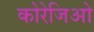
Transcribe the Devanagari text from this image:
कोरेजिओ